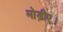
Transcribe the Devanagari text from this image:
मोड़ीए।